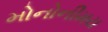
મોનોનીમય